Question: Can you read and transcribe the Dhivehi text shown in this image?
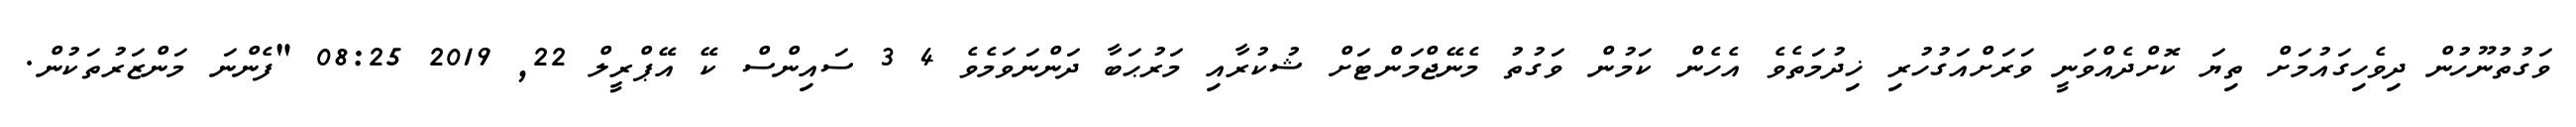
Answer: ވަގުތުނޫހުން ދިވެހިގައުމަށް ތިޔަ ކޮށްދެއްވަނީ ވަރަށްއަގުހުރި ޚިދުމަތެވެ އެހެން ކަމުން ވަގުތު މެނޭޖްމަންޓަށް ޝުކުރާއި މަރުޙަބާ ދަންނަވަމެވެ 4 3 ސައިންސް ކޭ އޭޕްރީލް 22, 2019 08:25 "ފެންނަ މަންޒަރުތަކުން.